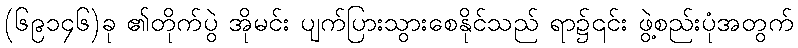
(၆၉၁၄၆)ခု ၏တိုက်ပွဲ အိုမင်း ပျက်ပြားသွားစေနိုင်သည် ရာ၌၎င်း ဖွဲ့စည်းပုံအတွက်